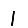
Digit: 1